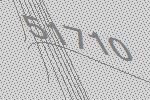
51710